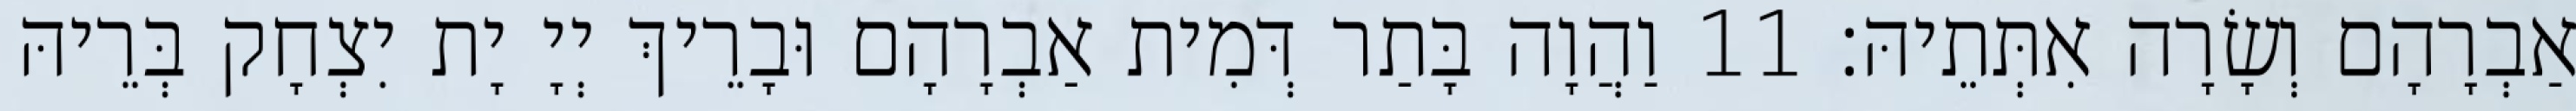
אַבְרָהָם וְשָׂרָה אִתְּתֵיהּ׃ 11 וַהֲוָה בָּתַר דְּמִית אַבְרָהָם וּבָרֵיךְ יְיָ יָת יִצְחָק בְּרֵיהּ